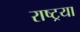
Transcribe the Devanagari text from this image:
राष्ट्रया